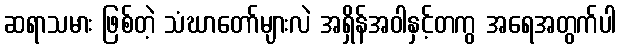
ဆရာသမား ဖြစ်တဲ့ သံဃာတော်များလဲ အရှိန်အဝါနှင့်တကွ အရေအတွက်ပါ